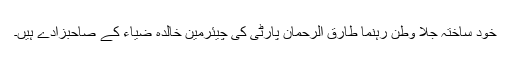
خود ساختہ جلا وطن رہنما طارق الرحمان پارٹی کی چیئرمین خالدہ ضیاء کے صاحبزادے ہیں۔